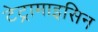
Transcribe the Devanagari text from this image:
टेट्रामाइसिन